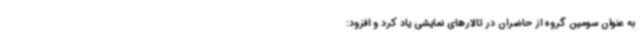
به عنوان سومین گروه از حاضران در تالارهای نمایشی یاد کرد و افزود: